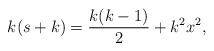
LaTeX: \begin{align*}k(s+k)=\frac{k(k-1)}{2}+k^2x^2, \end{align*}